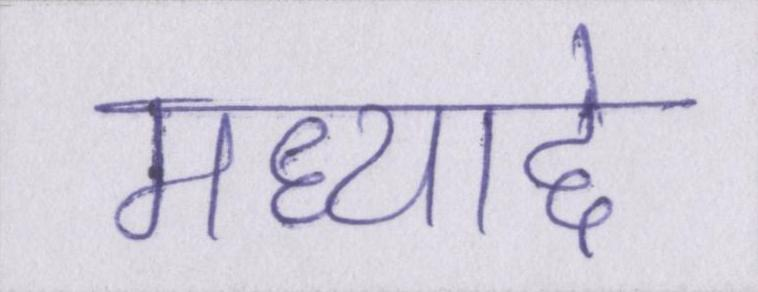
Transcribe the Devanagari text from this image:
मध्याद्दे